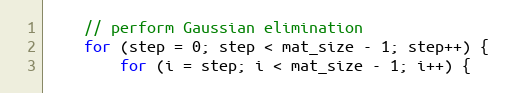
Language: C++
    // perform Gaussian elimination
    for (step = 0; step < mat_size - 1; step++) {
        for (i = step; i < mat_size - 1; i++) {